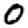
Digit: 0